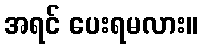
အရင် ပေးရမလား။